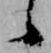
候